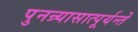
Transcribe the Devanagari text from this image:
पुनन्र्यासात्पूर्यन्ते